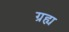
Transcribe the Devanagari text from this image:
ग्रह्य